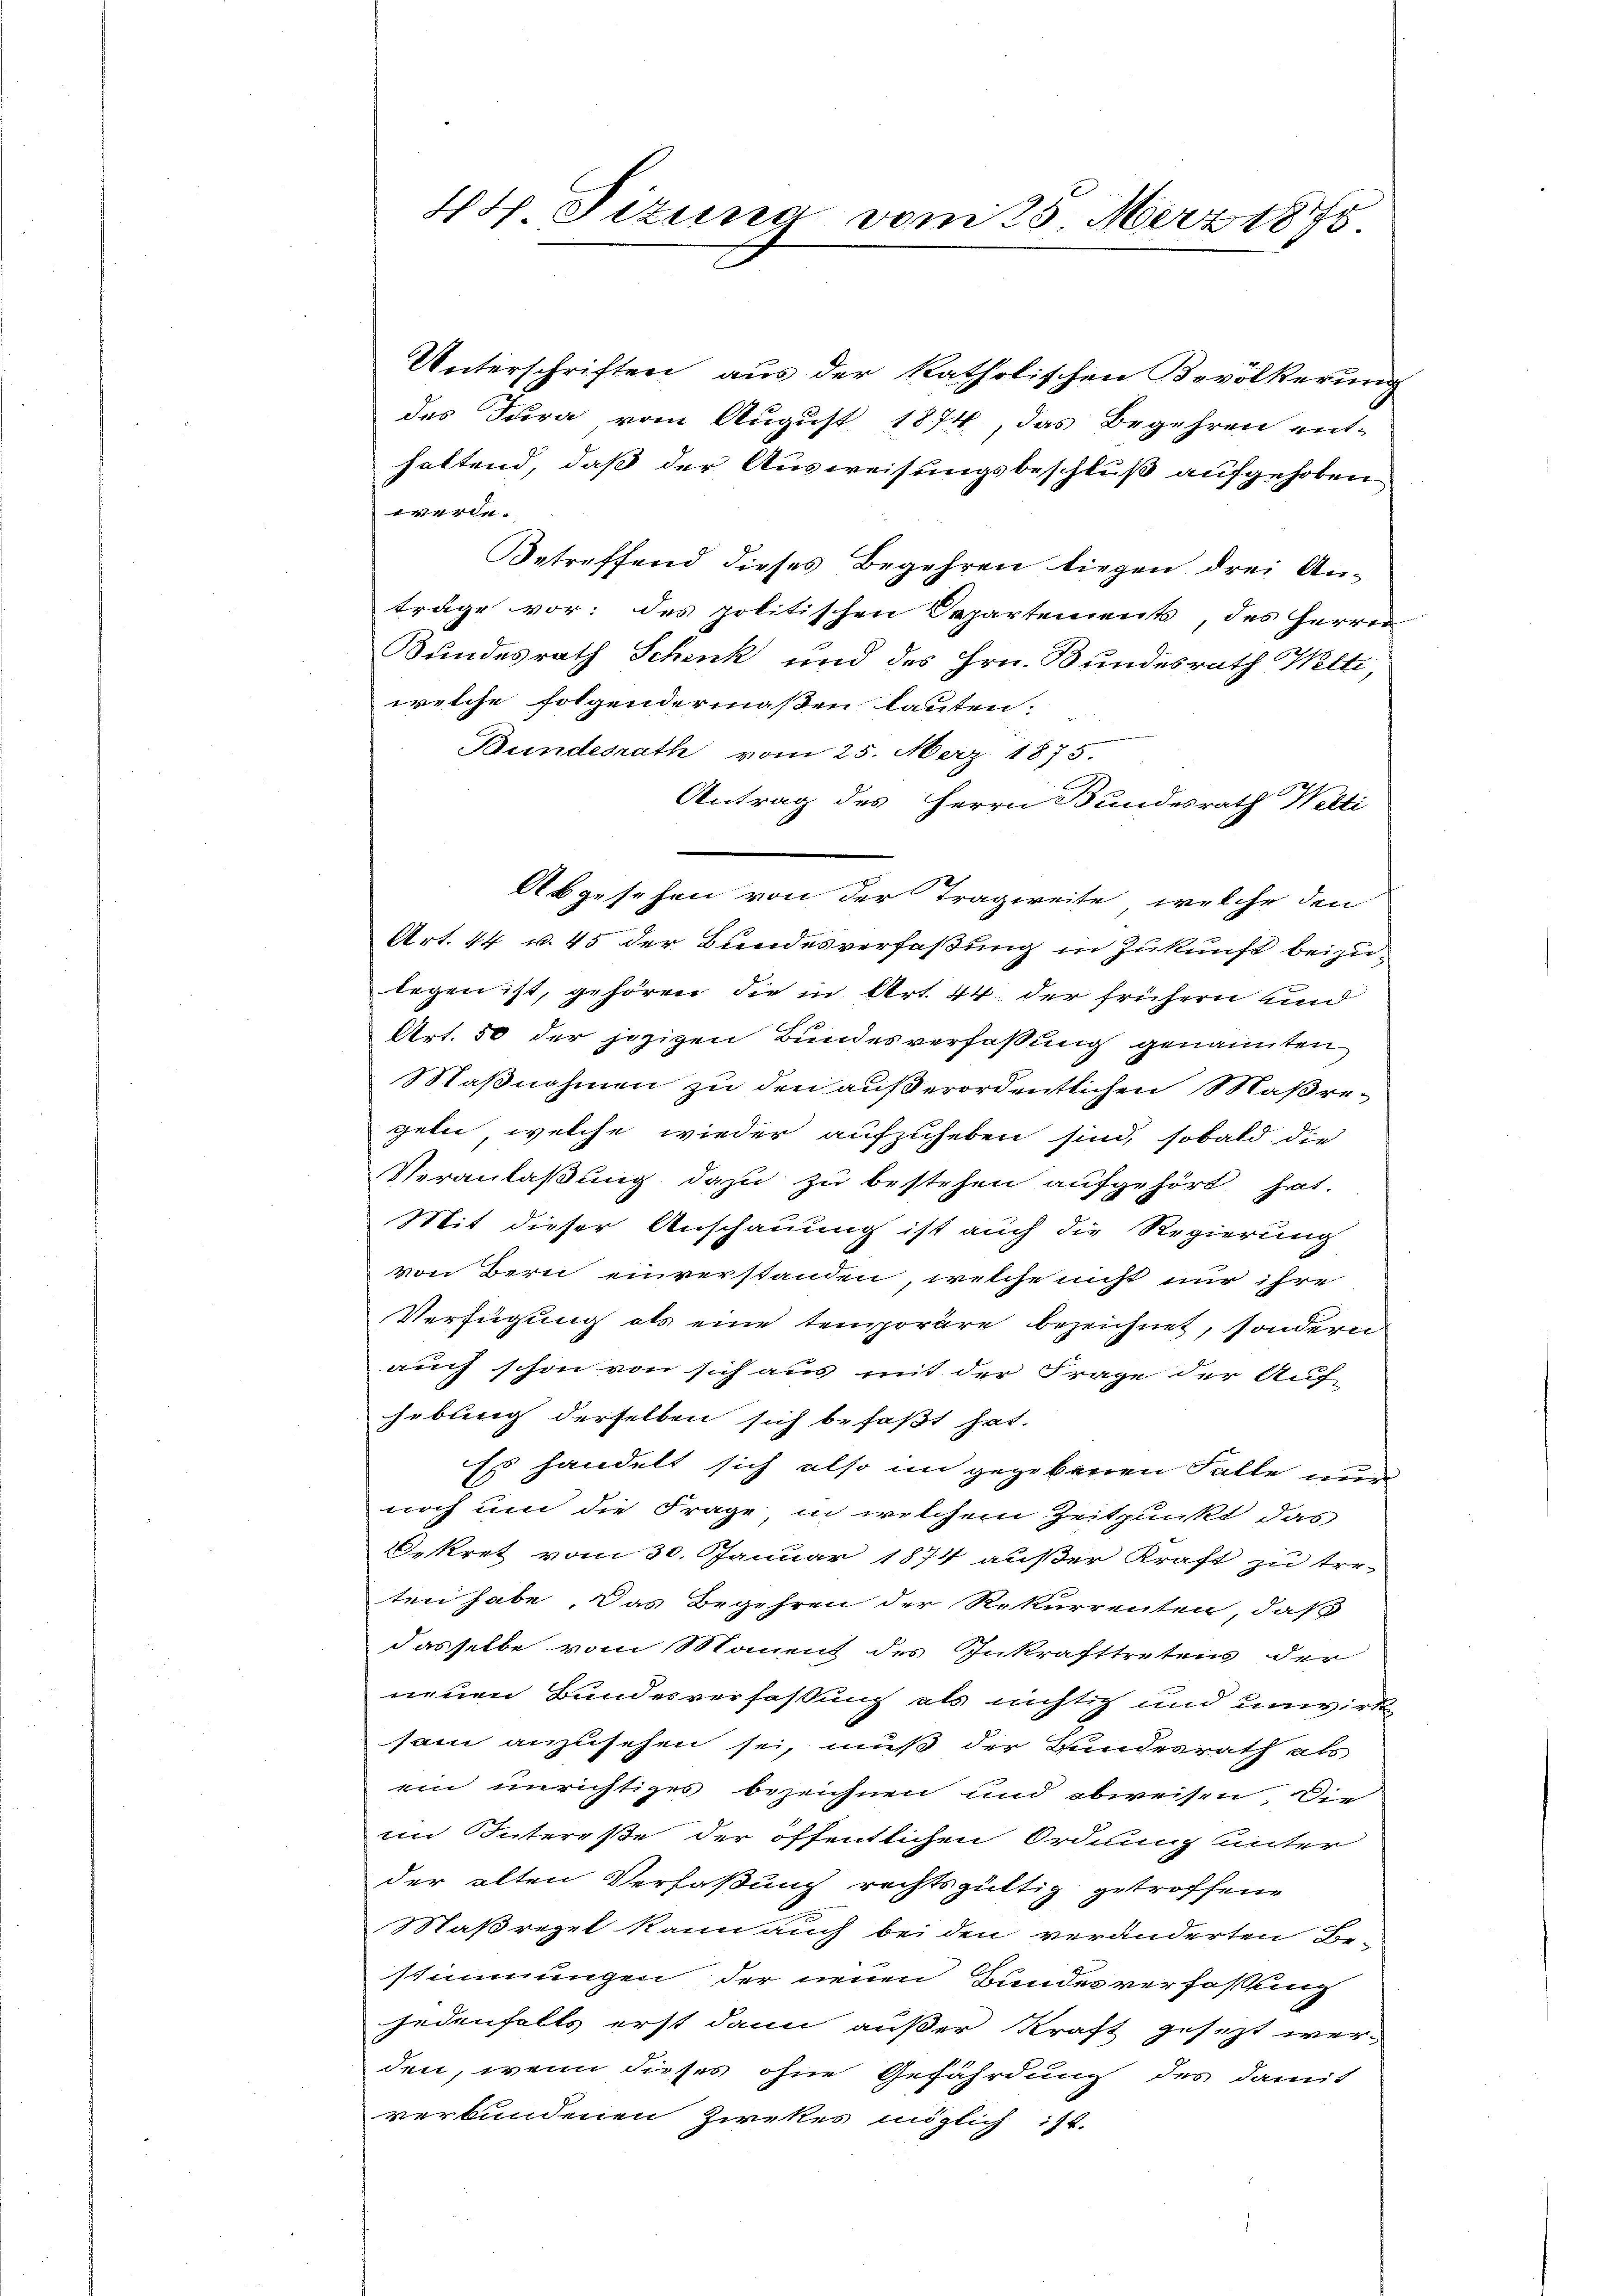
Unterschriften, aus der katholischen Bevölkerung
des Jura vom August 1874, das Begehren ent-
haltend, daß der Ausweisungsbeschluß aufgehoben
werde.
Betreffend dieses Begehren liegen drei An-
träge vor: des politischen Departements, des Herrn
Bundesrath Schenk und des Hrn. Bundesrath Welti,
welche folgendermaßen lauten:
Bundesrath vom 25. März 1875.
Antrag des Herrn Bundesrath Welti
Abgesehen von der Tragweite, welche den
Art. 44 u. 45 der Bundesverfaßung in Zukunft beizulegen ist, gehören die in Art. 44 der frühern und
Art. 50 der jezigen Bundesverfassung genannten
Maßnahmen zu den außerordentlichen Maßregeln, welche wieder aufzuheben sind, sobald die
Veranlaßung dazu zu bestehen aufgehört hat.
Mit dieser Anschauung ist auch die Regierung
von Bern einverstanden, welche nicht nur ihre
Verfügung als eine temporäre bezeichnet, sondern
auch schon von sich aus mit der Frage der Auf-
hebung derselben sich befaßt hat.
Es handelt sich also im gegebenen Falle nur
noch um die Frage in welchem Zeitpunkt das
ekret vom 30. Januar 1874 außer Kraft zu treten habe. Das Begehren der Rekurrenten, daß
dasselbe vom Manent des Inkrafttretens der
neuen Bundesverfaßung als nichtig und unwirk
sam anzusehen sei, muß der Bundesrath als
ein unrichtiges bezeichnen und abweisen. Die
im Intereße der öffentlichen Ordnung unter
der alten Verfaßung rechtsgültig getroffene
Maßregel kann auch bei den veränderten Be-
stimmungen der neuen Bundesverfassung
jedenfalls erst dann außer Kraft gesezt werden, wenn dieses ohne Gefährdung des damit
verbundenen Zirkes möglich 111.

44 Pizuna vom 25. März 1875.